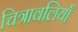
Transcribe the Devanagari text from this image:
चित्रावलियाँ